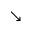
\searrow